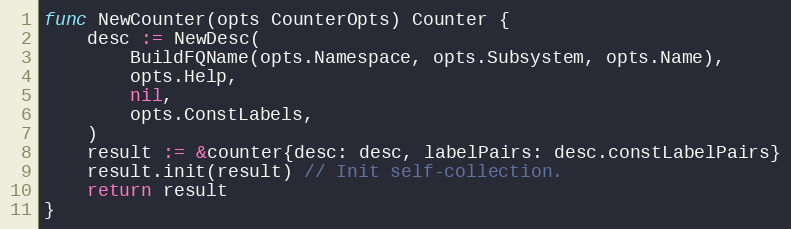
Language: Go
func NewCounter(opts CounterOpts) Counter {
	desc := NewDesc(
		BuildFQName(opts.Namespace, opts.Subsystem, opts.Name),
		opts.Help,
		nil,
		opts.ConstLabels,
	)
	result := &counter{desc: desc, labelPairs: desc.constLabelPairs}
	result.init(result) // Init self-collection.
	return result
}